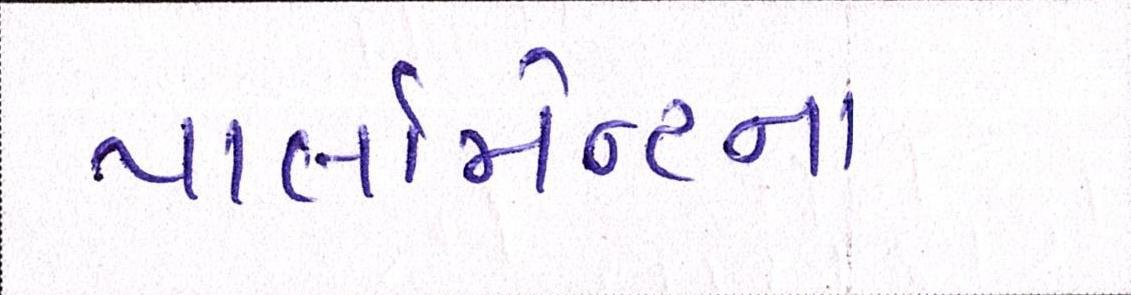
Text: પાર્લામેન્ટના